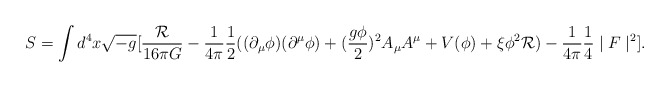
\begin{align*}S=\int d^{4}x\sqrt{-g}[\frac{\mathcal{R}}{16\pi G}-\frac{1}{4\pi}\frac{1}{2}((\partial_{\mu}\phi)(\partial^{\mu}\phi)+(\frac{g\phi}{2})^{2}A_{\mu}A^{\mu}+V(\phi)+\xi\phi^{2}\mathcal{R})-\frac{1}{4\pi}\frac{1}{4}\mid F\mid^{2}].\end{align*}